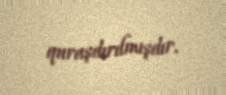
quraşdırılmışdır.